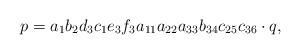
LaTeX: \begin{align*}p = a_{1} b_{2}d_{3}c_{1}e_{3}f_{3} a_{11} a_{22} a_{33} b_{34} c_{25} c_{36} \cdot q,\end{align*}